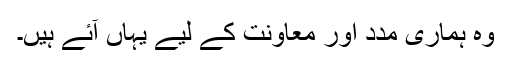
وہ ہماری مدد اور معاونت کے لیے یہاں آئے ہیں۔